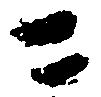
ニ